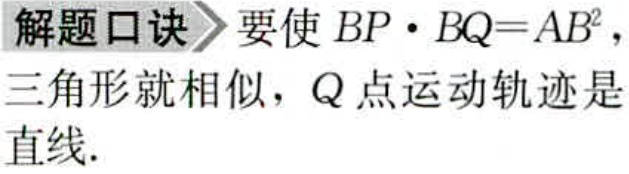
解题口诀 要使 \(BP\cdot BQ = AB^{2}\)，

三角形就相似，Q 点运动轨迹是

直线.